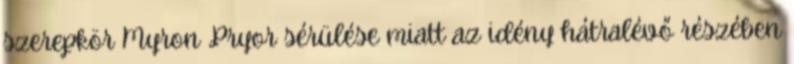
szerepkör Myron Pryor sérülése miatt az idény hátralévő részében